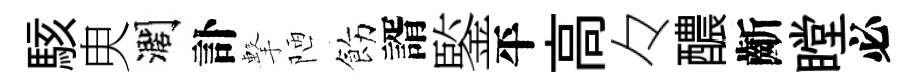
駭㬰濶訃擊陋飭諝鍳平高々醲齗瞠必